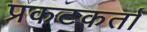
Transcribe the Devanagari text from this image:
प्रकटकर्ता